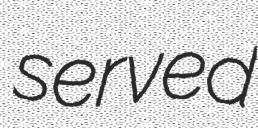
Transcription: served